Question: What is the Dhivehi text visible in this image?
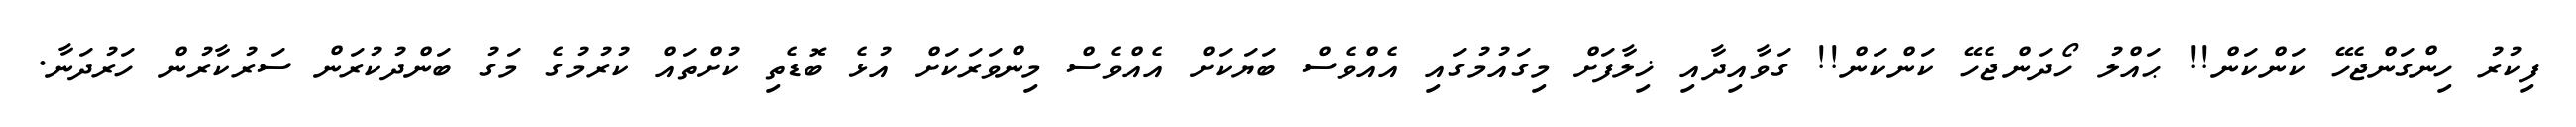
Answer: ފިކުރު ހިންގަންޖެހޭ ކަންކަން!! ޙައްލު ހޯދަންޖެހޭ ކަންކަން!! ގަވާއިދާއި ޚިލާފަށް މިގައުމުގައި އެއްވެސް ބަޔަކަށް އެއްވެސް މިންވަރަކަށް އުޅެ ބޮޑެތި ކުށްތައް ކުރުމުގެ މަގު ބަންދުކުރަން ސަރުކާރުން ހަރުދަނާ.